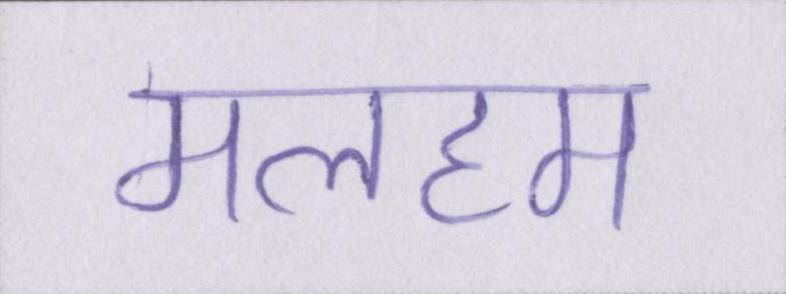
मलहम